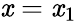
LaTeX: \mathit{x}=\mathit{x}_{1}